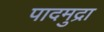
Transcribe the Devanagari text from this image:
पादमुद्रा